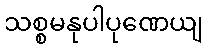
သစ္စမနုပါပုဏေယျ